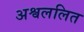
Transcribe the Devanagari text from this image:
अश्वललित